Tartu_Kolgata_baptistikogudus, lk 20
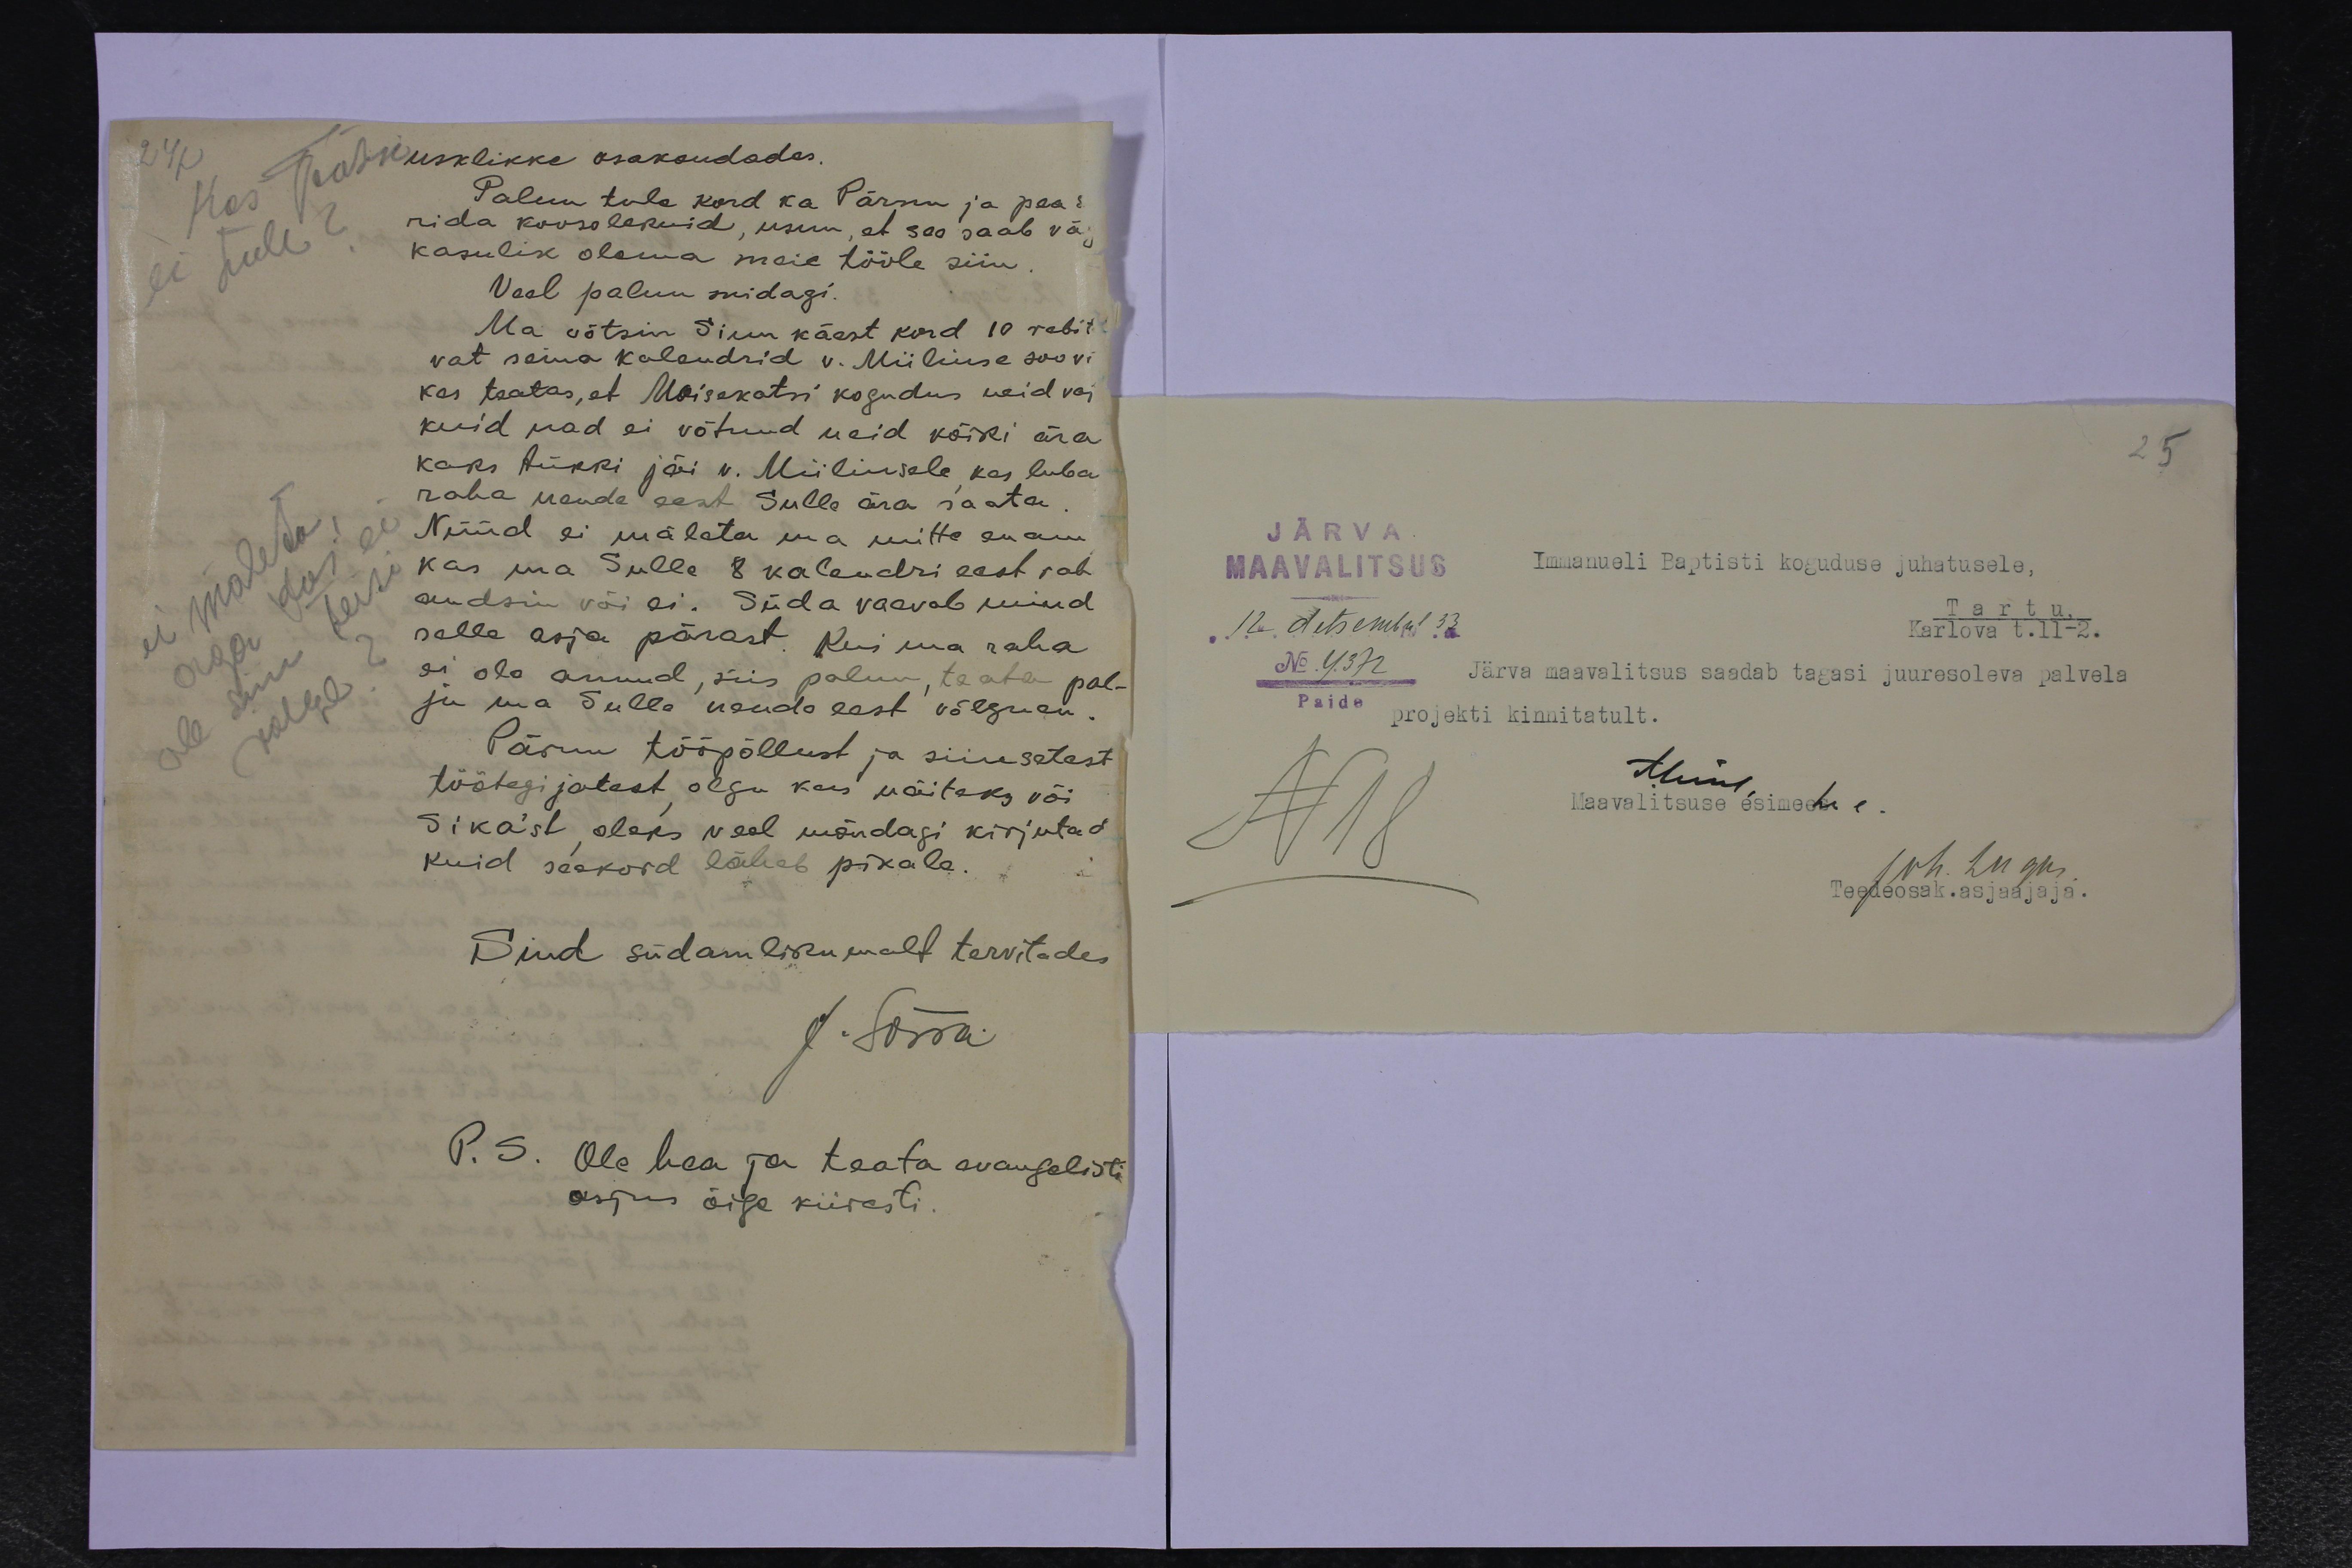
24.
usklikke osakondades.
Palun tule kord ka Pärnu ja pea s
rida koosolekuid, usun, et see saab vä
kasulik olema meie tööle siin.
Veal palun midagi.
Ma võtsin Sinu käest kord 10 rebit
vat seina kalendrid v. Miiliuse soovi
kes teatas, et Moisekatsi kogudus neid vaj
kuid nad ei võtnud neid kõiki ära
kaks tükki jäi v. Miiliusele kes luba
raha nende eest Sulle ära saata.
Nüüd ei mäleta ma mitte enam
kas ma sulle 8 kalendri eest rah
andsin või ei. Süda vaevab mind
selle asja pärast. Kui ma raha
ei ole annud, siis palun, teata pal-
ju ma Sulle nende eest võlgnen.
Pärnu tööpõllust ja siinsetest
töötegijatest olgu kas näiteks või
Sika´st oleks veel mõndagi kirjutad
kuid seekord läheb pikale.
Sind südamlikumalt tervitades
J. Sõrra
P. S. Ole hea ja teata evangelisti
asjus õige kiiresti.

25
JÄRVA
MAAVALITSUS
Immanueli Baptisti koguduse juhatusele,
12 detsembril 33
Tartu
Karlova t.11-2.
No. 4372.
Järva maavalitsus saadab tagasi juuresoleva palvela
Paide
projekti kinnitatult.
N 18
Maavalitsuse esimehe e.
Joh. lugu.
Teedeosak. asjaajaja.